Indian journal of veterinary science and animal husbandry - Volumes 18-21, 1948-1951
Year: 1948
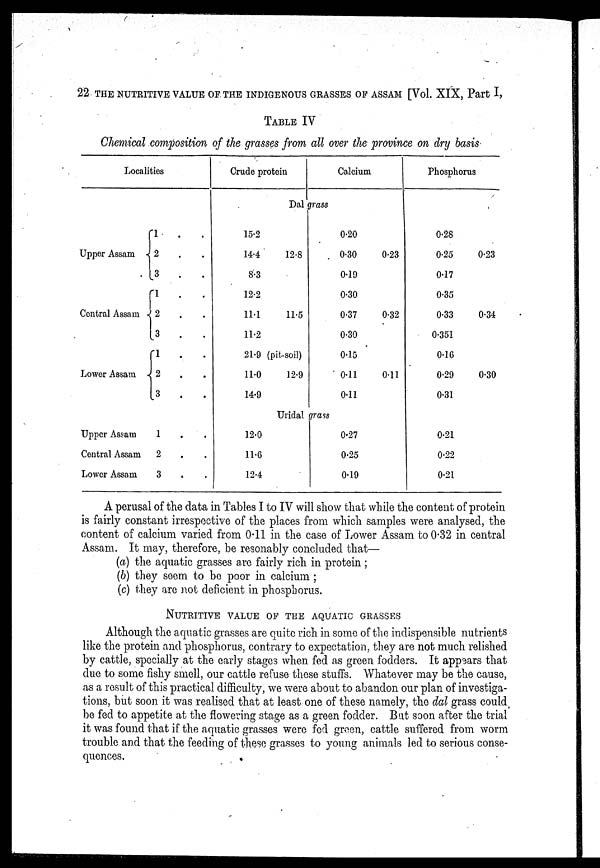
22 THE NUTRITIVE VALUE OF THE INDIGENOUS GRASSES OF ASSAM [Vol. XIX, Part I,
TABLE IV
Chemical composition of the grasses from all over the province on dry basis
Localities
Upper Assam
Central Assam
Lower Assam
Upper Assam
Central Assam
Lower Assam
1 . .
2 . .
3
.
.
1 . .
2
.
.
3 . .
1 . .
2
.
.
3 . .
1 . .
2 . .
3 . .
Crude protein
Calcium
Dal grass
15.2
14.4
8.3
12.2
11.1
11.2
21.9
11.0
14.9
12.8
11.5
(pit-soil)
12.9
0.20
0.30
0.19
0.30
0.37
0.30
0.15
0.11
0.11
0.23
0.32
0.11
Uridal grass
12.0
11.6
12.4
0.27
0.25
0.19
Phosphorus
0.28
0.25
0.17
0.35
0.33
0.351
0.16
0.29
0.31
0.21
0.22
0.21
0.23
0.34
0.30
A perusal of the data in Tables I to IV will show that while the content of protein
is fairly constant irrespective of the places from which samples were analysed, the
content of calcium varied from 0.11 in the case of Lower Assam to 0.32 in central
Assam. It may, therefore, be resonably concluded that—
(a) the aquatic grasses are fairly rich in protein;
(b) they seem to be poor in calcium;
(c) they are not deficient in phosphorus.
NUTRITIVE VALUE OF THE AQUATIC GRASSES
Although the aquatic grasses are quite rich in some of the indispensible nutrients
like the protein and phosphorus, contrary to expectation, they are not much relished
by cattle, specially at the early stages when fed as green fodders. It appears that
due to some fishy smell, our cattle refuse these stuffs. Whatever may be the cause,
as a result of this practical difficulty, we were about to abandon our plan of investiga-
tions, but soon it was realised that at least one of these namely, the dal grass could
be fed to appetite at the flowering stage as a green fodder. But soon after the trial
it was found that if the aquatic grasses were fed green, cattle suffered from worm
trouble and that the feeding of these grasses to young animals led to serious conse-
quences.